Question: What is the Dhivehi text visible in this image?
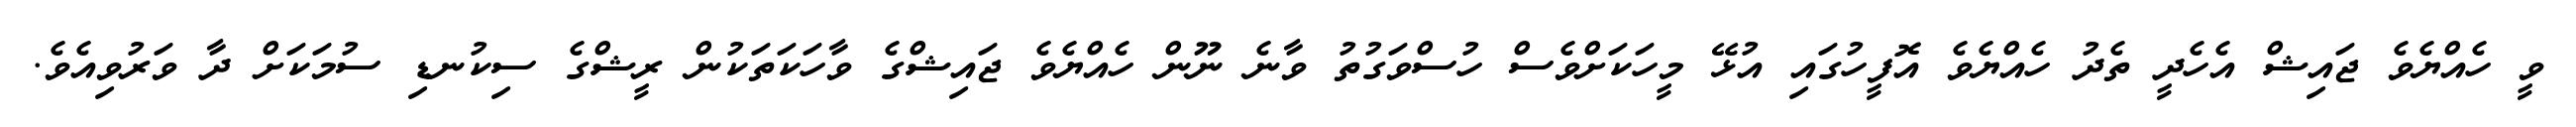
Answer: ވީ ހެއްޔެވެ ޖައިޝް އެހެދީ ތެދު ހެއްޔެވެ އޮފީހުގައި އުޅޭ މީހަކަށްވެސް ހުސްވަގުތު ވާނެ ނޫން ހެއްޔެވެ ޖައިޝްގެ ވާހަކަތަކުން ރީޝްގެ ސިކުނޑި ސުމަކަށް ދާ ވަރުވިއެވެ.